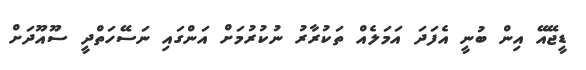
ޑީޖޭއޭ އިން ބުނީ އެފަދަ އަމަލެއް ތަކުރާރު ނުކުރުމަށް އަންގައި ނަސޭހަތްދީ ސޫއޫދަށް